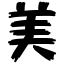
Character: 美